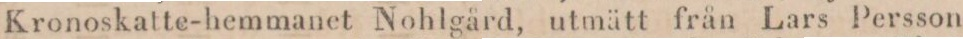
Kronoskatte-hemmanet Nohlgård, utmätt från Lars Persson